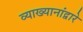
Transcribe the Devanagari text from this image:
व्याख्यानांद्वारे